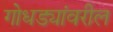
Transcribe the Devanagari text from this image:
गोधड्यांवरील